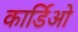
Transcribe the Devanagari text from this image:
कार्डिओ